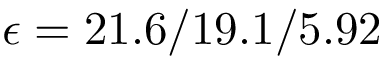
\epsilon = 2 1 . 6 / 1 9 . 1 / 5 . 9 2